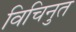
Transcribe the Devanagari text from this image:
विचिनुत